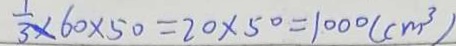
\frac { 1 } { 3 } \times 6 0 \times 5 0 = 2 0 \times 5 0 = 1 0 0 0 ( c m ^ { 3 } )